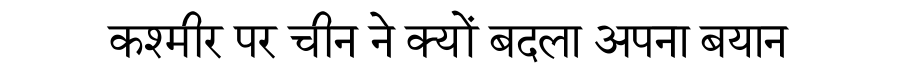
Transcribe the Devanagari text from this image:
कश्मीर पर चीन ने क्यों बदला अपना बयान